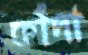
কাঁদা